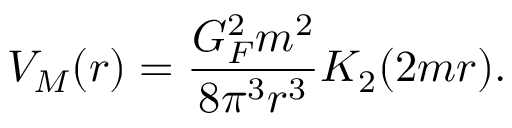
V _ { M } ( r ) = \frac { G _ { F } ^ { 2 } m ^ { 2 } } { 8 \pi ^ { 3 } r ^ { 3 } } K _ { 2 } ( 2 m r ) .